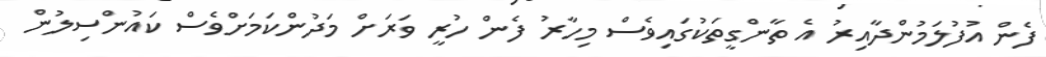
ފެން އުފުލަމުންދާއިރު އެ ތާންގީތަކުގައިވެސް މިހާރު ފެން ހުރީ ވަރަށް މަދުންކަމަށްވެސް ކައުންސިލުން